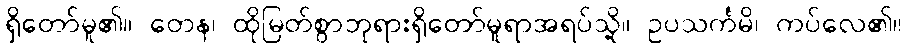
ရှိတော်မူ၏။ တေန၊ ထိုမြတ်စွာဘုရားရှိတော်မူရာအရပ်သို့။ ဥပသင်္ကမိ၊ ကပ်လေ၏။